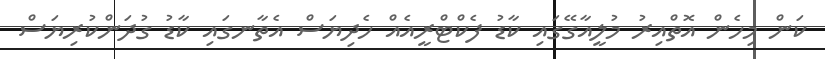
ކަން މިހެން އޮތްއިރު މުލީއާގޭގައި ކާޑު ފެކްޓްރީއެއް ހެދިޔަސް އެތާނގައި ކާޑު ގުދަންކުރިޔަސް